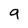
Character: 9